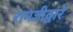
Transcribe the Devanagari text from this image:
रामजीद्वारे